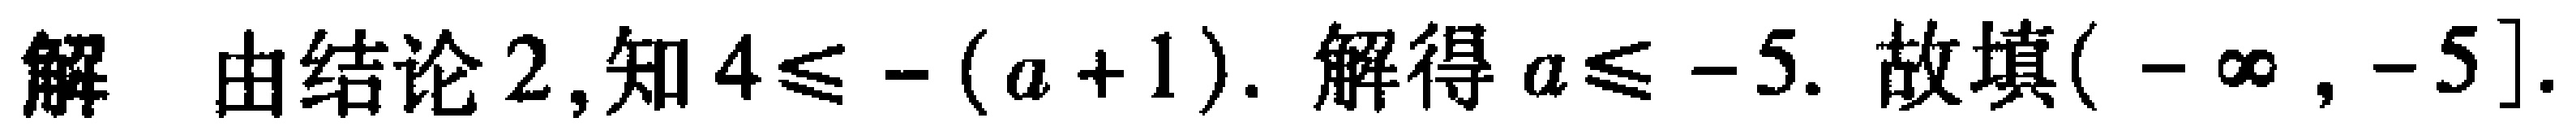
解 由结论2,知\(4\leqslant -(a + 1)\). 解得\(a\leqslant -5\). 故填\((-\infty , -5]\).